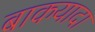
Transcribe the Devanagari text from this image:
बाकयादा